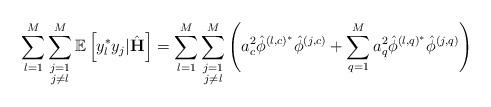
LaTeX: \begin{align*} \sum_{l=1}^M\sum\limits_{\substack{j=1\\j\neq l}}^M\mathbb{E}\left[y_l^* y_j|\hat{\mathbf{H}}\right]=\sum_{l=1}^M\sum\limits_{\substack{j=1\\j\neq l}}^M\left(a_c^2\hat{\phi}^{\left(l,c\right)^*}\hat{\phi}^{\left(j,c\right)}+\sum_{q=1}^M a_q^2\hat{\phi}^{\left(l,q\right)^*}\hat{\phi}^{\left(j,q\right)}\right)\end{align*}